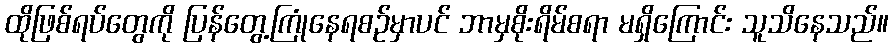
ထိုဖြစ်ရပ်တွေကို ပြန်တွေ့ကြုံနေရစဉ်မှာပင် ဘာမှစိုးရိမ်စရာ မရှိကြောင်း သူသိနေသည်။